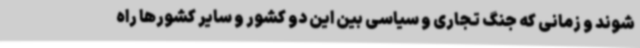
شوند و زمانی که جنگ تجاری و سیاسی بین این دو کشور و سایر کشورها راه